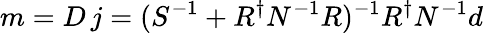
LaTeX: m=D\, j=(S^{-1}+R^{\dagger}N^{-1}R)^{-1}R^{\dagger}N^{-1}d